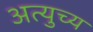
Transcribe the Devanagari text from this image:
अत्युच्य